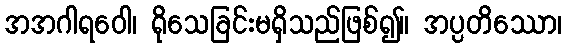
အအဂါရဝေါ၊ ရိုသေခြင်းမရှိသည်ဖြစ်၍။ အပ္ပတိဿော၊